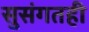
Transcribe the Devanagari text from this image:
सुसंगतही